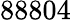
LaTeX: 88804